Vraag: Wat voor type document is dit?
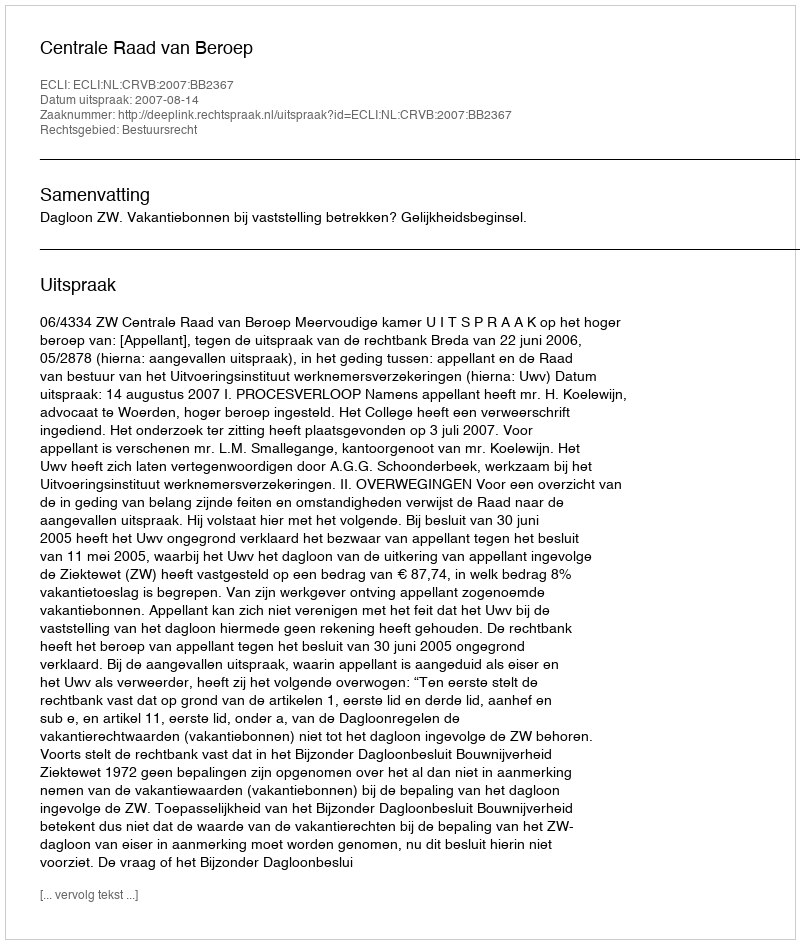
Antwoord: Uitspraak